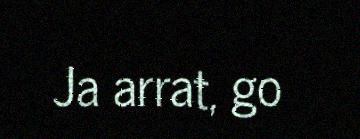
Ja arrat, go